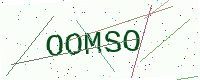
Text: OOMSO